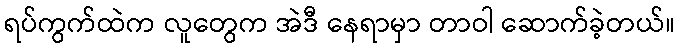
ရပ်ကွက်ထဲက လူတွေက အဲဒီ နေရာမှာ တာဝါ ဆောက်ခဲ့တယ်။